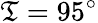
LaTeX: \mathfrak{T}=95^{\circ}